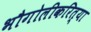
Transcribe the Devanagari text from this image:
भौगोलीकरित्या